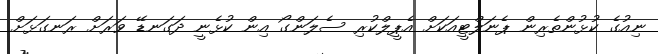
ނިއުގެ ކުޅުންތެރިން ޕެނަލްޓީއަކަށް އެޕީލްކުރި ސެލަންގޯ އިން ކުޅެނީ ދަގަނޑޭ ވަރަށް ރަނގަޅަށް